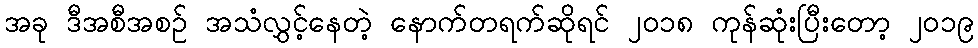
အခု ဒီအစီအစဉ် အသံလွှင့်နေတဲ့ နောက်တရက်ဆိုရင် ၂၀၁၈ ကုန်ဆုံးပြီးတော့ ၂၀၁၉